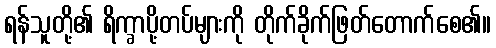
ရန်သူတို့၏ ရိက္ခာပို့တပ်များကို တိုက်ခိုက်ဖြတ်တောက်စေ၏။